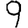
Digit: 9